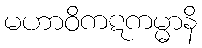
မဟာဝိကဋကမ္မာနိ